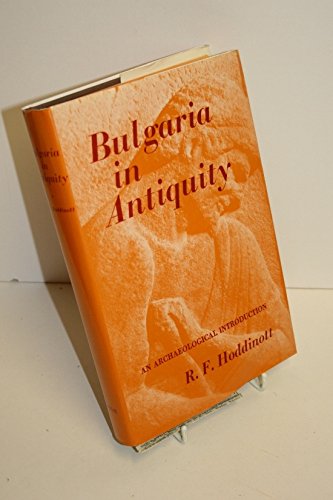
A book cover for Bulgaria in antiquity: An archaeological introduction; R. F Hoddinott; Travel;